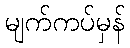
မျက်ကပ်မှန်